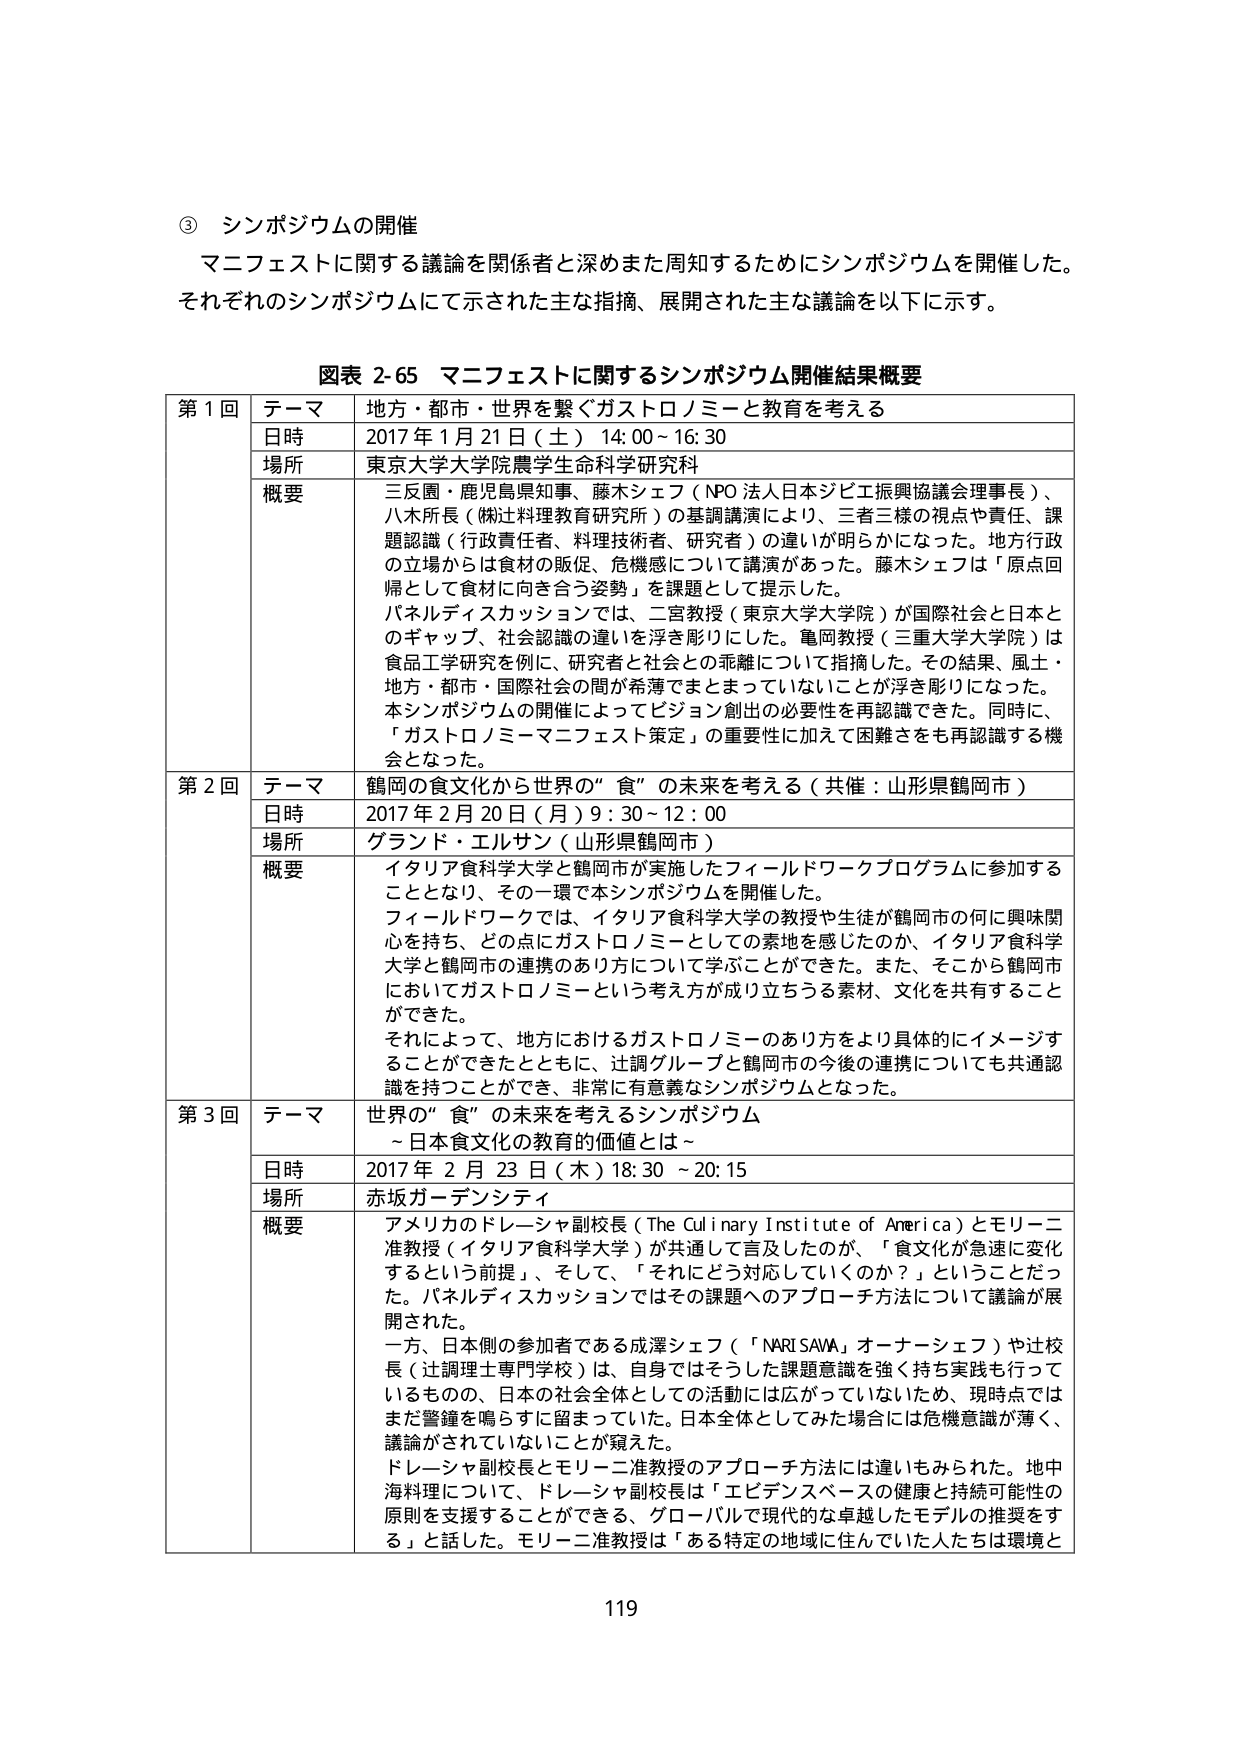
③ シンポジウムの開催
マニフェストに関する議論を関係者と深めまた周知するためにシンポジウムを開催した。
それぞれのシンポジウムにて示された主な指摘、展開された主な議論を以下に示す。

図表 2-65 マニフェストに関するシンポジウム開催結果概要

第1回
テーマ 地方・都市・世界を繋ぐガストロノミーと教育を考える
日時 2017年1月21日（土）14:00～16:30
場所 東京大学大学院農学生命科学研究科
概要 三反園・鹿児島県知事、藤木シェフ（NPO法人日本ジビエ振興協議会理事長）、八木所長（㈱辻料理教育研究所）の基調講演により、三者三様の視点や責任、課題認識（行政責任者、料理技術者、研究者）の違いが明らかになった。地方行政の立場からは食材の販促、危機感について講演があった。藤木シェフは「原点回帰として食材に向き合う姿勢」を課題として提示した。
パネルディスカッションでは、二宮教授（東京大学大学院）が国際社会と日本とのギャップ、社会認識の違いを浮き彫りにした。亀岡教授（三重大学大学院）は食品工学研究を例に、研究者と社会との乖離について指摘した。その結果、風土・地方・都市・国際社会の間が希薄でまとまっていないことが浮き彫りになった。本シンポジウムの開催によってビジョン創出の必要性を再認識できた。同時に、「ガストロノミーマニフェスト策定」の重要性に加えて困難さをも再認識する機会となった。

第2回
テーマ 鶴岡の食文化から世界の“食”の未来を考える（共催：山形県鶴岡市）
日時 2017年2月20日（月）9:30～12:00
場所 グランド・エルサン（山形県鶴岡市）
概要 イタリア食科学大学と鶴岡市が実施したフィールドワークプログラムに参加することとなり、その一環で本シンポジウムを開催した。
フィールドワークでは、イタリア食科学大学の教授や生徒が鶴岡市の何に興味関心を持ち、どの点にガストロノミーとしての素地を感じたのか、イタリア食科学大学と鶴岡市の連携のあり方について学ぶことができた。また、そこから鶴岡市においてガストロノミーという考え方が成り立ちうる素材、文化を共有することができた。
それによって、地方におけるガストロノミーのあり方をより具体的にイメージすることができたとともに、辻調グループと鶴岡市の今後の連携についても共通認識を持つことができ、非常に有意義なシンポジウムとなった。

第3回
テーマ 世界の“食”の未来を考えるシンポジウム
～日本食文化の教育的価値とは～
日時 2017年2月23日（木）18:30～20:15
場所 赤坂ガーデンシティ
概要 アメリカのドレーシャ副校長（The Culinary Institute of America）とモリーニ准教授（イタリア食科学大学）が共通して言及したのが、「食文化が急速に変化するという前提」、そして、「それに対応していくのか？」ということだった。パネルディスカッションではその課題へのアプローチ方法について議論が展開された。
一方、日本側の参加者である成澤シェフ（「NARI SAWA」オーナーシェフ）や辻校長（辻調理士専門学校）は、自身ではそうした課題意識を強く持ち実践も行っているものの、日本の社会全体としての活動は広がっていないため、現時点ではまだ警鐘を鳴らすに留まっていた。日本全体としてみた場合には危機意識が薄く、議論がされていないことが窺えた。
ドレーシャ副校長とモリーニ准教授のアプローチ方法には違いもみられた。地中海料理について、ドレーシャ副校長は「エビデンスベースの健康と持続可能性の原則を支援することができる、グローバルで現代的な卓越したモデルの推奨をする」と話した。モリーニ准教授は「ある特定の地域に住んでいた人たちは環境と

119